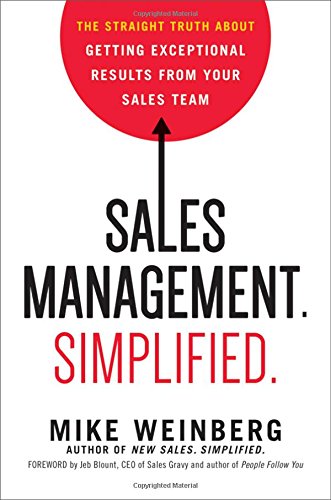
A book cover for Sales Management. Simplified.: The Straight Truth About Getting Exceptional Results from Your Sales Team; Mike Weinberg; Business & Money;